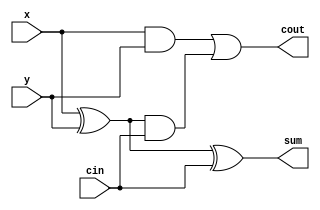
`timescale 1ns / 1ps
//////////////////////////////////////////////////////////////////////////////////
// Company: 
// Engineer: 
// 
// Design Name: 
// Module Name: FullAdder
// Project Name: 
// Target Devices: 
// Tool Versions: 
// Description: 
// 
// Dependencies: 
// 
// Revision:
// Revision 0.01 - File Created
// Additional Comments:
// 
//////////////////////////////////////////////////////////////////////////////////

    
module FullAdder(input x, y, cin, output sum, cout);
	assign sum = x ^ y ^ cin;
	assign cout = x & y | (x ^ y) & cin;
endmodule